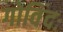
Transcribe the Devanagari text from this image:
गोविंदः